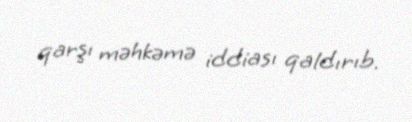
qarşı məhkəmə iddiası qaldırıb.